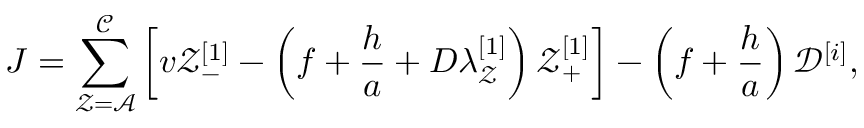
J = \sum _ { \mathcal { Z } = \mathcal { A } } ^ { \mathcal { C } } \left[ v \mathcal { Z } _ { - } ^ { [ 1 ] } - \left( f + \frac { h } { a } + D \lambda _ { \mathcal { Z } } ^ { [ 1 ] } \right) \mathcal { Z } _ { + } ^ { [ 1 ] } \right] - \left( f + \frac { h } { a } \right) \mathcal { D } ^ { [ i ] } ,